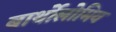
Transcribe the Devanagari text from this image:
बार्थोलोमिव